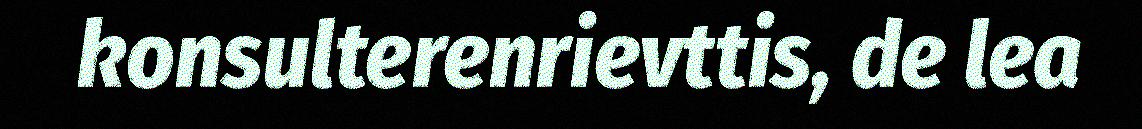
konsulterenrievttis, de lea